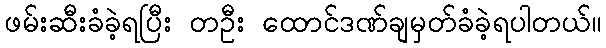
ဖမ်းဆီးခံခဲ့ရပြီး တဦး ထောင်ဒဏ်ချမှတ်ခံခဲ့ရပါတယ်။